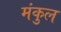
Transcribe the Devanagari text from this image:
मंकुल